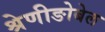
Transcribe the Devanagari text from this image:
श्रेणीङोबेल